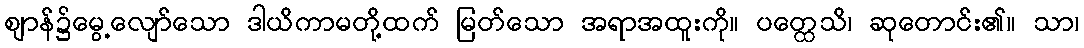
ဈာန်၌မွေ့လျော်သော ဒါယိကာမတို့ထက် မြတ်သော အရာအထူးကို။ ပတ္ထေသိ၊ ဆုတောင်း၏။ သာ၊